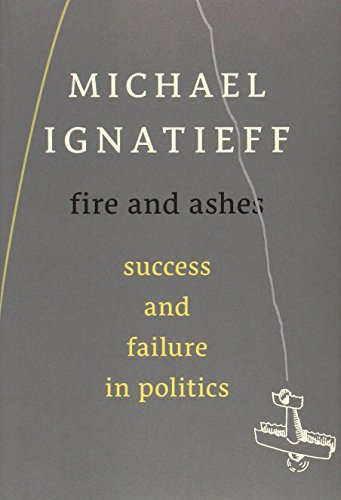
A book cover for Fire and Ashes: Success and Failure in Politics; Michael Ignatieff; Biographies & Memoirs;